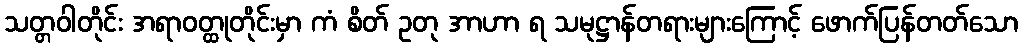
သတ္တဝါတိုင်း အရာဝတ္ထုတိုင်းမှာ ကံ စိတ် ဥတု အာဟာ ရ သမုဋ္ဌာန်တရားများကြောင့် ဖောက်ပြန်တတ်သော